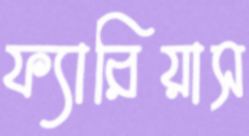
ফ্যারিয়াস